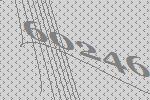
60246